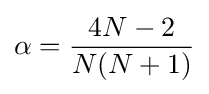
\alpha ={\frac {4N-2}{N(N+1)}}